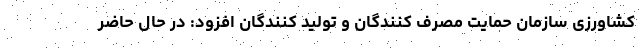
کشاورزی سازمان حمایت مصرف کنندگان و تولید کنندگان افزود: در حال حاضر